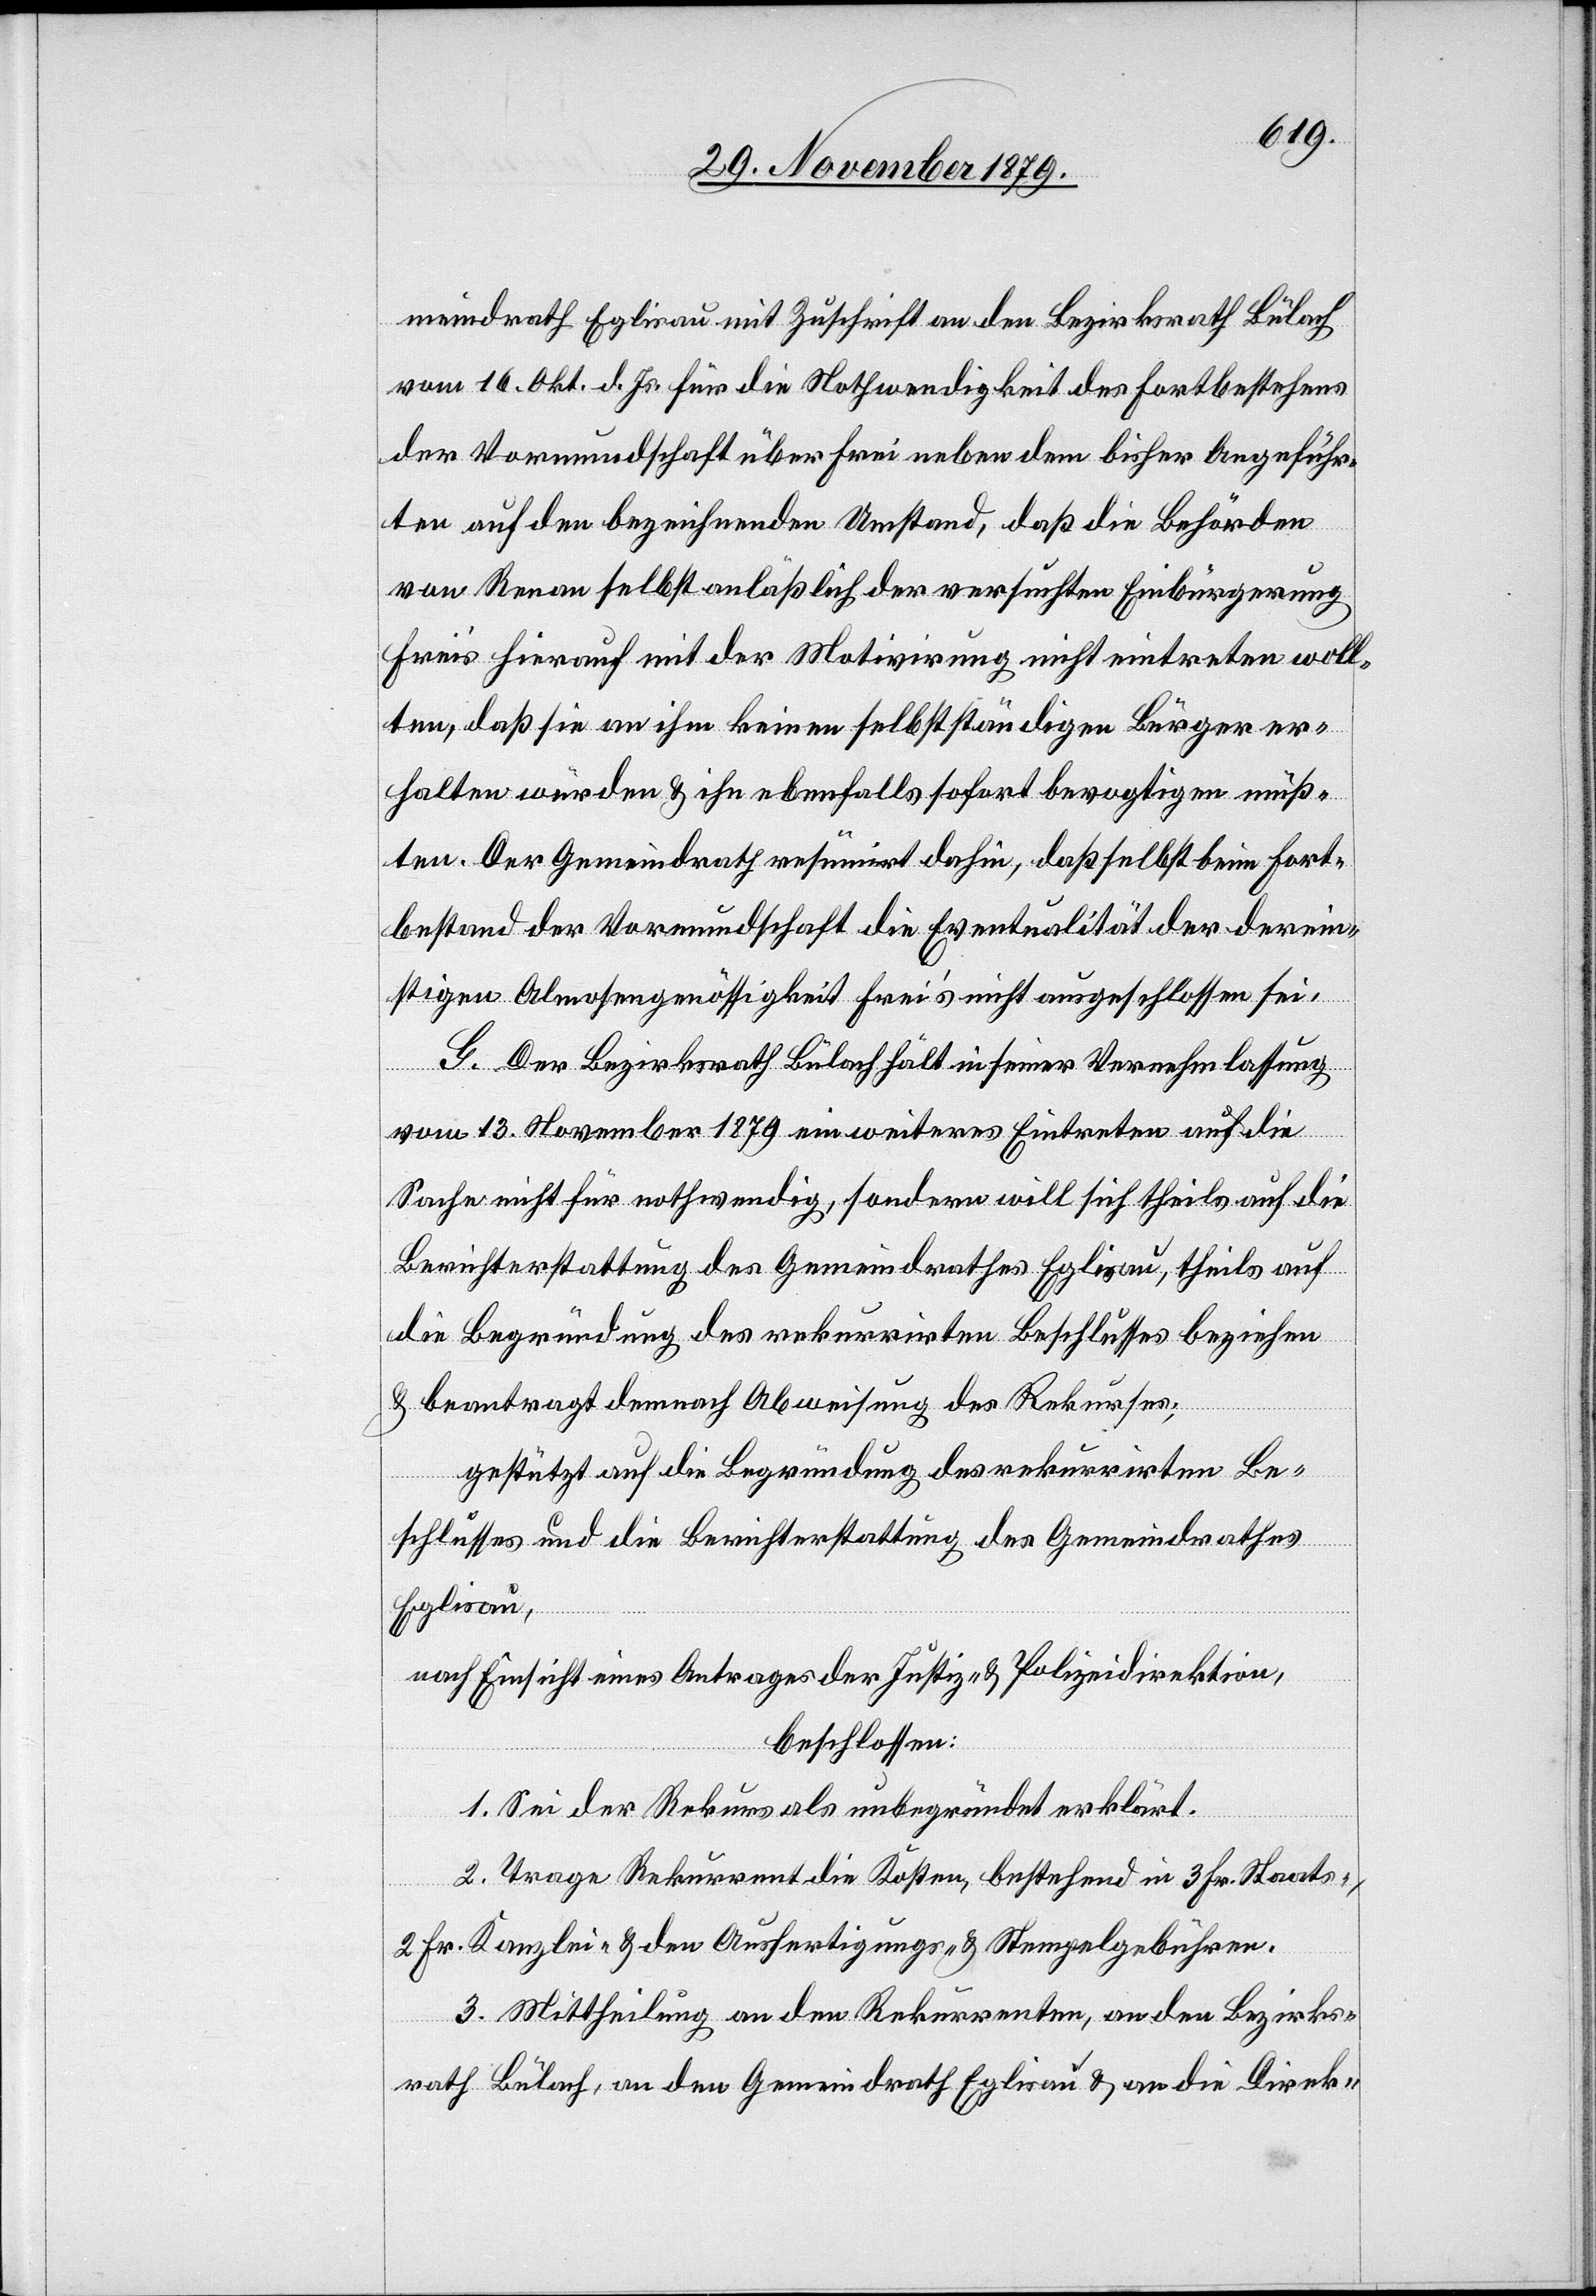
meindrath Eglisau mit Zuschrift an den Bezirksrath Bülach
vom 16. Okt. d. Js. für die Nothwendigkeit des Fortbestehens
der Vormundschaft über Frei neben dem bisher Angeführ¬
ten auf den bezeichnenden Umstand, daß die Behörden
von Renan selbst anläßlich der versuchten Einbürgerung
Frei’s hierauf mit der Motivirung nicht eintreten woll¬
ten, daß sie an ihm keinen selbständigen Bürger er¬
halten würden & ihn ebenfalls sofort bevogtigen müß¬
ten. Der Gemeindrath resümirt dahin, daß selbst beim Fort¬
bestand der Vormundschaft die Eventualität der derein¬
stigen Almosengenössigkeit Frei’s nicht ausgeschlossen sei.
G. Der Bezirksrath Bülach hält in seiner Vernehmlassung
vom 13. November 1879 ein weiteres Eintreten auf die
Sache nicht für nothwendig, sondern will sich theils auf die
Berichterstattung des Gemeindrathes Eglisau, theils auf
die Begründung des rekurrirten Beschlusses beziehen
& beantragt demnach Abweisung des Rekurses;
gestützt auf die Begründung des Gemeindrathes
Eglisau,
nach Einsicht eines Antrages der Justiz- & Polizeidirektion,
beschlossen:
1. Sei der Rekurs als unbegründet erklärt.
2. Trage Rekurrent die Kosten, bestehend in 3 Fr. Staats-,
2 Fr. Kanzlei- & den Ausfertigungs- & Stempelgebühren.
3. Mittheilung an den Rekurrenten, an den Bezirks¬
rath Bülach, an den Gemeindrath Eglisau & an die Direkt-